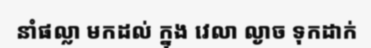
នាំផល្លា មកដល់ ក្នុង វេលា ល្ងាច ទុកដាក់